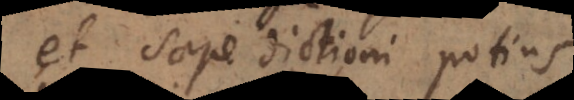
et saepe dictioni potiu